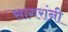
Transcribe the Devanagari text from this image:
सागरांनी